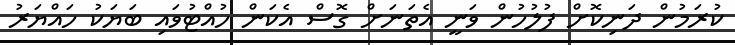
ކުރަމުން ދަނިކޮށް ފުލުހުން ވަނީ އެތަނަށް ގޮސް އެކަން ހުއްޓުވައި ބަޔަކު ހައްޔަރު